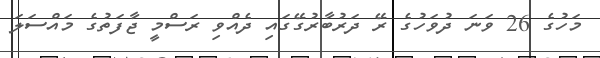
މަހުގެ 26 ވަނަ ދުވަހުގެ ރޭ ދަރުބާރުގޭގައި ދެއްވި ރަސްމީ ޖާފަތުގެ މައްސަލަ